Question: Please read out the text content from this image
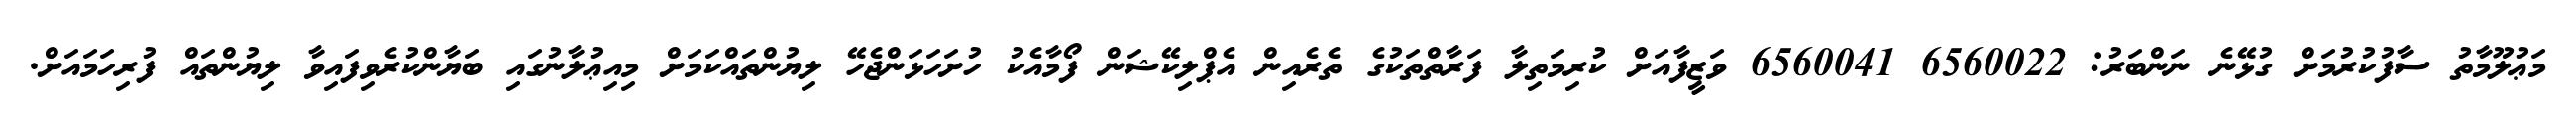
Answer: މަޢުލޫމާތު ސާފުކުރުމަށް ގުޅޭނެ ނަންބަރު: 6560022 6560041 ވަޒީފާއަށް ކުރިމަތިލާ ފަރާތްތަކުގެ ތެރެއިން އެޕްލިކޭޝަން ފޯމާއެކު ހުށަހަޅަންޖެހޭ ލިޔުންތައްކަމަށް މިއިޢުލާނުގައި ބަޔާންކުރެވިފައިވާ ލިޔުންތައް ފުރިހަމައަށް.